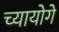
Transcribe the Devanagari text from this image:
च्यायोगे